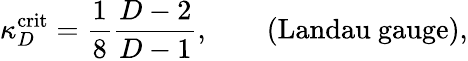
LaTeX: \kappa_{D}^{\mathrm{crit}}=\frac{1}{8}\frac{D-2}{D-1},\qquad\mathrm{(Landau~gauge)},